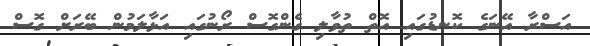
އަސްރާ އޭނަގެ ކޮނޑުގައި އޮތް ތުވާލި ގެންގޮސް ރޯނުގައި އަޅާލަމުން ބޭރަށް ގޮސް